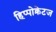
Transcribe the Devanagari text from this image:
हिप्पोक्रेटज